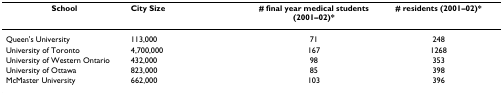
<table><thead><tr><td><b>School</b></td><td><b>City Size</b></td><td><b># final year medical students (2001–02)*</b></td><td><b># residents (2001–02)*</b></td></tr></thead><tbody><tr><td>Queen&#x27;s University</td><td>113,000</td><td>71</td><td>248</td></tr><tr><td>University of Toronto</td><td>4,700,000</td><td>167</td><td>1268</td></tr><tr><td>University of Western Ontario</td><td>432,000</td><td>98</td><td>353</td></tr><tr><td>University of Ottawa</td><td>823,000</td><td>85</td><td>398</td></tr><tr><td>McMaster University</td><td>662,000</td><td>103</td><td>396</td></tr></tbody></table>